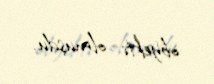
obyekti olmuşdu.